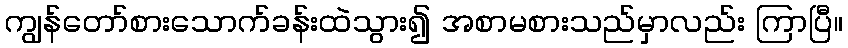
ကျွန်တော်စားသောက်ခန်းထဲသွား၍ အစာမစားသည်မှာလည်း ကြာပြီ။